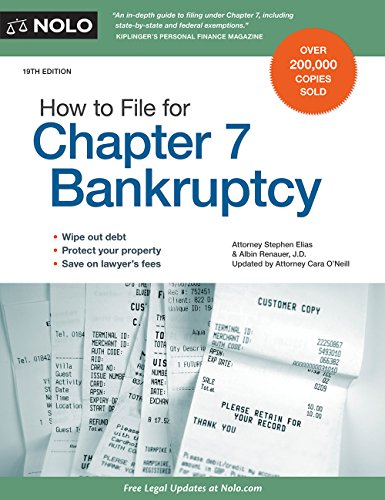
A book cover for How to File for Chapter 7 Bankruptcy; Stephen Elias; Law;